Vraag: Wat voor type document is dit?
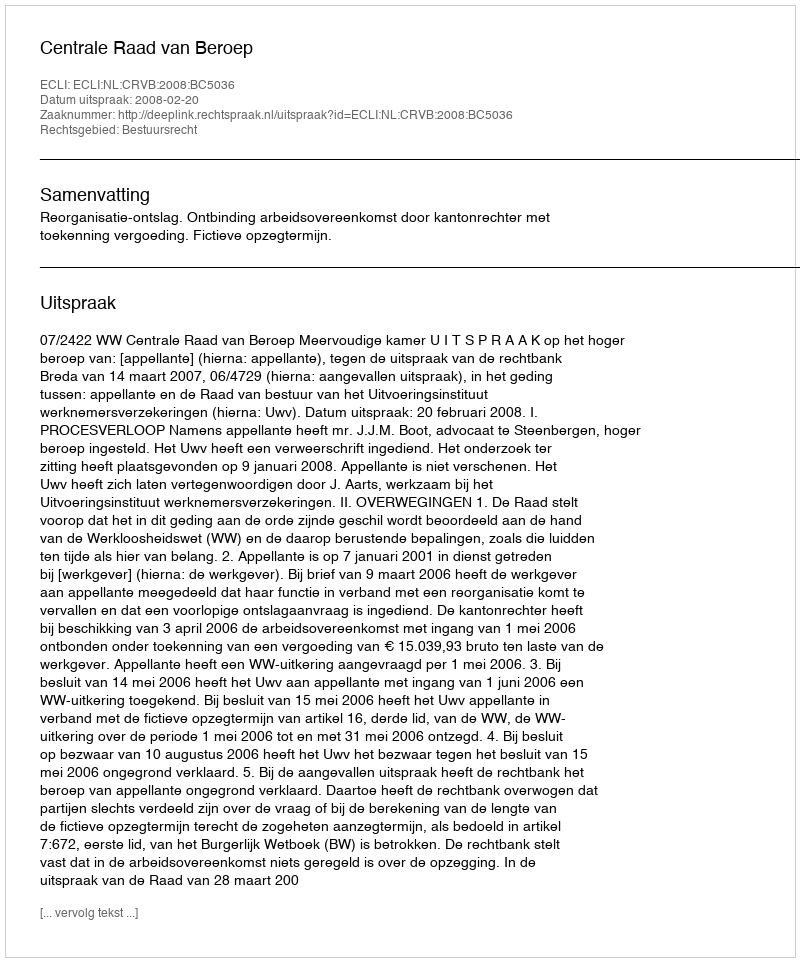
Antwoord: Uitspraak